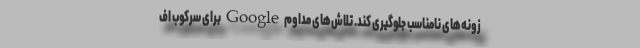
زونه‌های نامناسب جلوگیری کند. تلاش‌های مداوم Google برای سرکوب اف